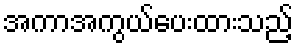
အကာအကွယ်ပေးထားသည့်